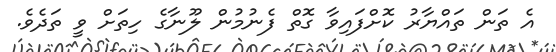
އެ ތަން ތައްޔާރު ކޮށްފައިވާ ގޮތް ފެނުމުން ލޫނާގެ ހިތަށް ވީ ތަދެވެ.